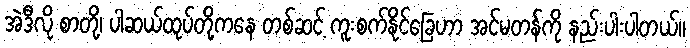
အဲဒီလို စာတို့၊ ပါဆယ်ထုပ်တို့ကနေ တစ်ဆင့် ကူးစက်နိုင်ခြေဟာ အင်မတန်ကို နည်းပါးပါတယ်။